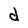
Character: d